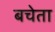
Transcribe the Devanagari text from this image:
बचेता